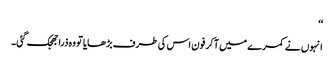
‘‘
انہوں نے کمرے میں آکر فون اس کی طرف بڑھایا تو وہ ذرا جھجک گئی۔